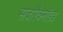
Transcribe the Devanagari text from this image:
सबारैक्नॉइड